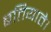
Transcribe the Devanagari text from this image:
बतियाते।